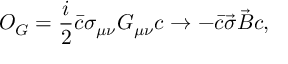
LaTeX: { \cal O } _ { G } = \frac { i } { 2 } \bar { c } \sigma _ { \mu \nu } G _ { \mu \nu } c \rightarrow - \bar { c } \vec { \sigma } \vec { B } c ,